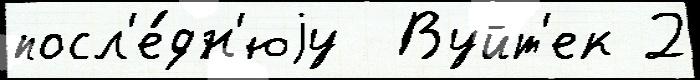
посл'е́дн'юjу  Вуйт'ек 2